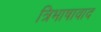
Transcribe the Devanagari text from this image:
त्रिभाषावाद